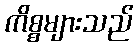
ကိစ္စများသည်